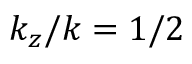
k _ { z } / k = { 1 } / { 2 }